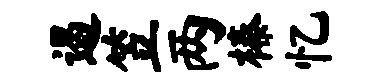
遏笠两榛忆